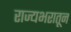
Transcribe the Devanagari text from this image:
राज्यभरातून